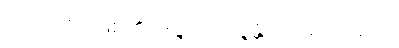
ဟောတိ- ဖြစ်၏။ ဒဇ္ဇတိ, ဒဇ္ဇန္တိ စသည်တည်း။